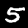
Label: 5